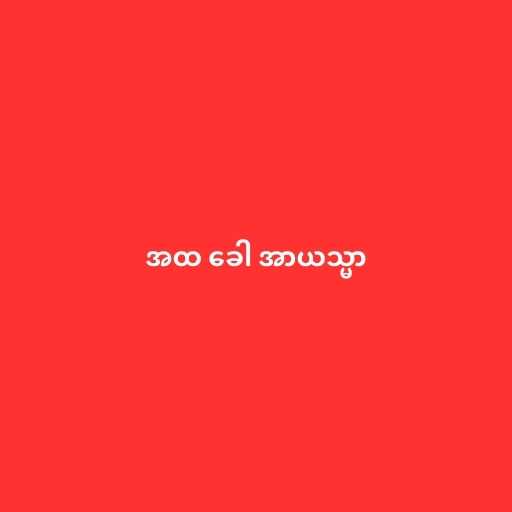
အထ ခေါ အာယသ္မာ